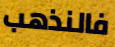
فالنذهب